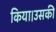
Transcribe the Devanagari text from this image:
किया।उसकी